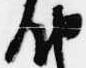
納